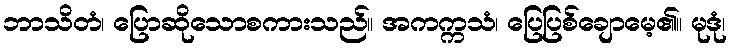
ဘာသိတံ၊ ပြောဆိုသောစကားသည်။ အကက္ကသံ၊ ပြေပြစ်ချောမေ့၏။ မုဒုံ၊